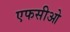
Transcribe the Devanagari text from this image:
एफसीओ